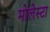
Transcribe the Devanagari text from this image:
मोलेस्टा